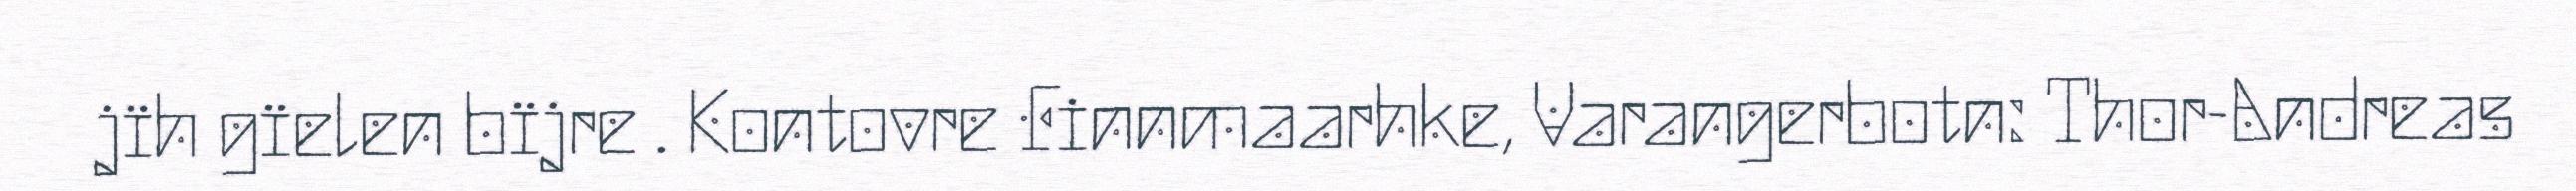
jïh gïelen bïjre . Kontovre Finnmaarhke, Varangerbotn: Thor-Andreas